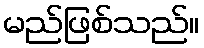
မည်ဖြစ်သည်။